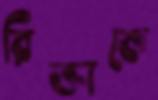
রিক্তাকে